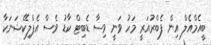
ބީއެމްއެލް އިން ފެބްރުއަރީ މަހު ވަނީ ވިސާ ޑެބިޓް ކާޑު ވެސް އެޕްލިކޭޝަނަކާ